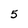
Character: 5